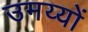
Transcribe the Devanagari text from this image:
उमय्यों